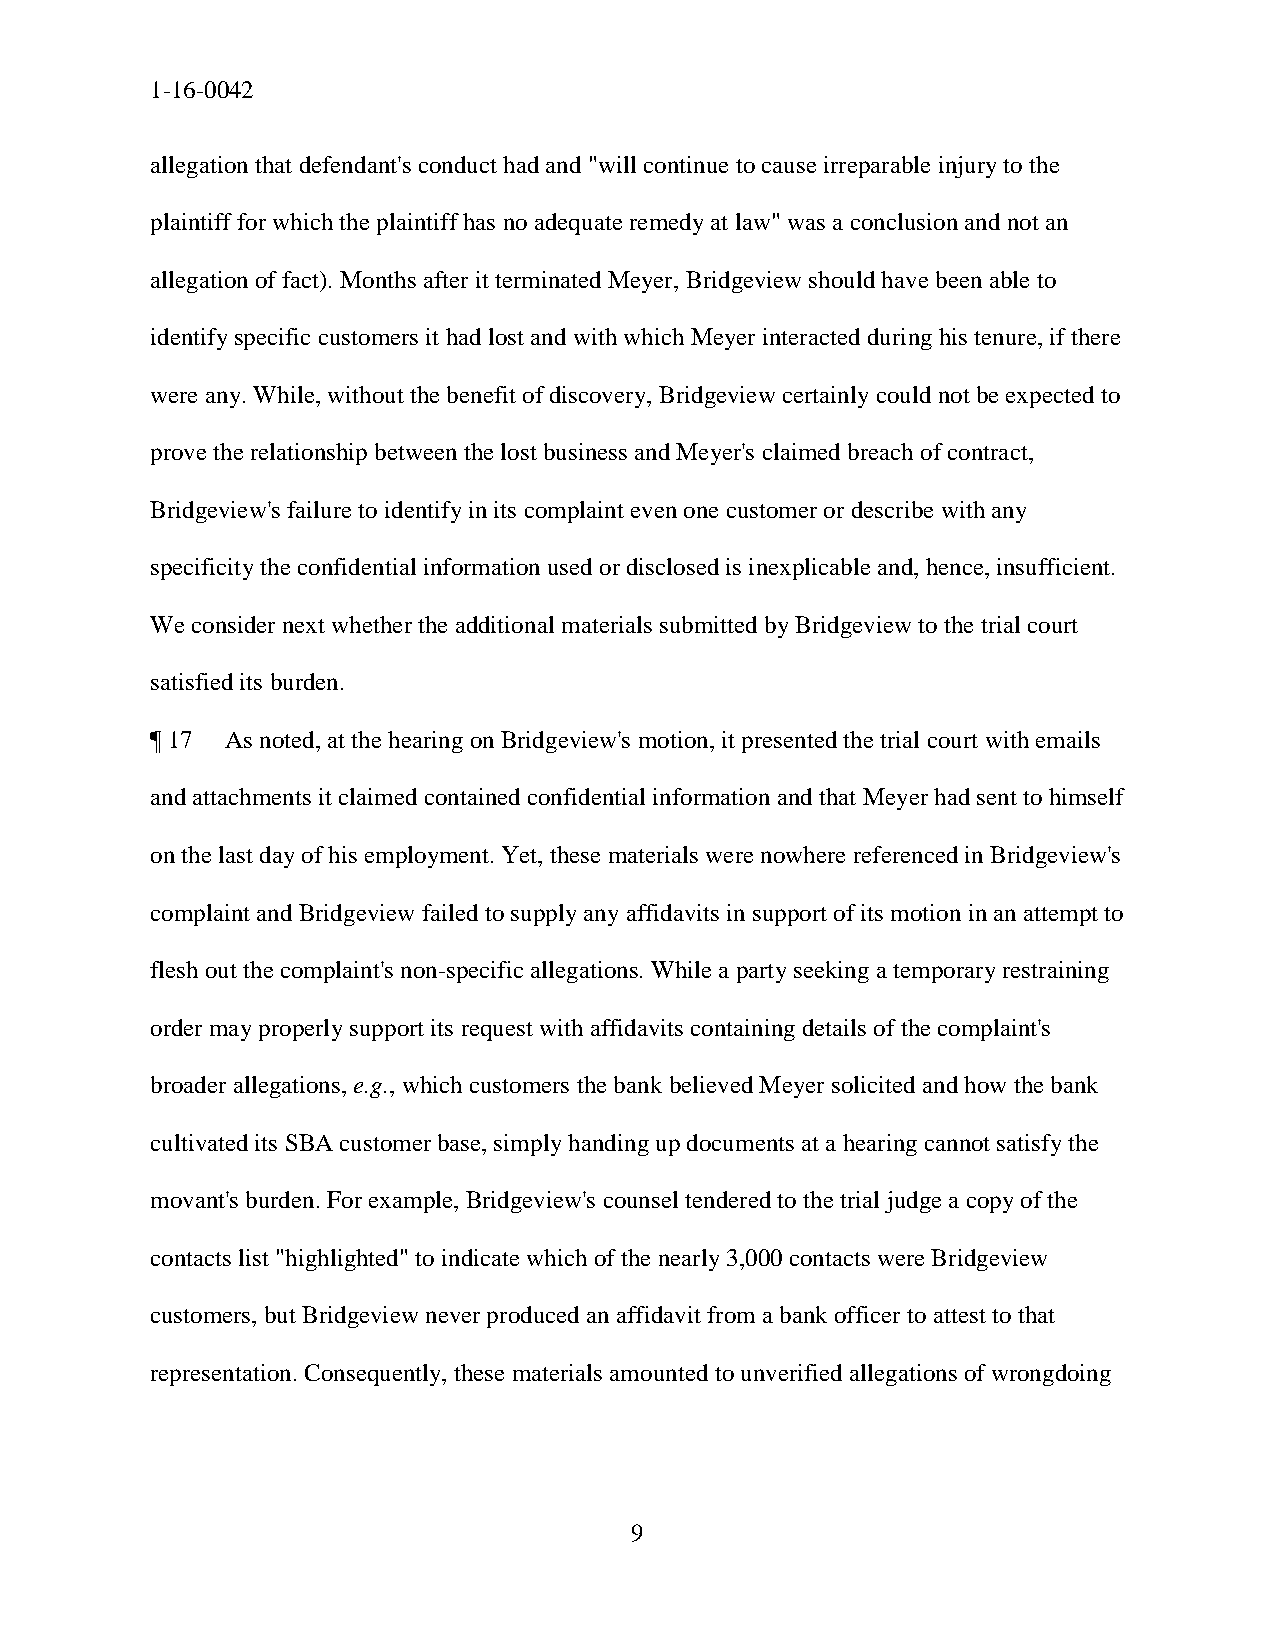
1-16-0042
 allegation that defendant's conduct had and "will continue to cause irreparable injury to the
 plaintiff for which the plaintiff has no adequate remedy at law" was a conclusion and not an
 allegation of fact). Months after it terminated Meyer, Bridgeview should have been able to
 identify specific customers it had lost and with which Meyer interacted during his tenure, if there
 were any. While, without the benefit of discovery, Bridgeview certainly could not be expected to
 prove the relationship between the lost business and Meyer's claimed breach of contract,
 Bridgeview's failure to identify in its complaint even one customer or describe with any
 specificity the confidential information used or disclosed is inexplicable and, hence, insufficient.
 We consider next whether the additional materials submitted by Bridgeview to the trial court
 satisfied its burden.
 ¶ 17 As noted, at the hearing on Bridgeview's motion, it presented the trial court with emails
 and attachments it claimed contained confidential information and that Meyer had sent to himself
 on the last day of his employment. Yet, these materials were nowhere referenced in Bridgeview's
 complaint and Bridgeview failed to supply any affidavits in support of its motion in an attempt to
 flesh out the complaint's non-specific allegations. While a party seeking a temporary restraining
 order may properly support its request with affidavits containing details of the complaint's
 broader allegations, e.g., which customers the bank believed Meyer solicited and how the bank
 cultivated its SBA customer base, simply handing up documents at a hearing cannot satisfy the
 movant's burden. For example, Bridgeview's counsel tendered to the trial judge a copy of the
 contacts list "highlighted" to indicate which of the nearly 3,000 contacts were Bridgeview
 customers, but Bridgeview never produced an affidavit from a bank officer to attest to that
 representation. Consequently, these materials amounted to unverified allegations of wrongdoing
 9